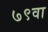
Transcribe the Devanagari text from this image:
७९वा